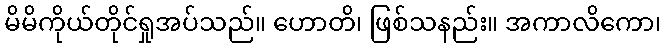
မိမိကိုယ်တိုင်ရှုအပ်သည်။ ဟောတိ၊ ဖြစ်သနည်း။ အကာလိကော၊